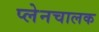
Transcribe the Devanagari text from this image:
प्लेनचालक